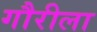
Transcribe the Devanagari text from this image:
गौरीला